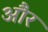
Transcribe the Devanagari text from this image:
और